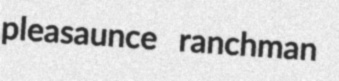
pleasaunce ranchman